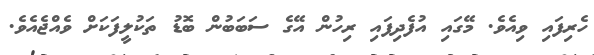
ހެރިފައި ވިއެވެ. މޭގައި އުފެދިފައި ރިހުން އޭގެ ސަބަބުން ބޮޑު ތަކުލީފަކަށް ވެއްޖެއެވެ.